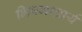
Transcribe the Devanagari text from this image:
भिषगाचार्य